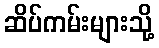
ဆိပ်ကမ်းများသို့